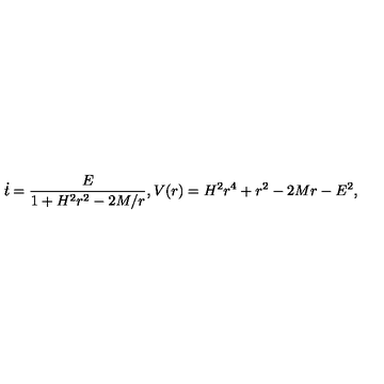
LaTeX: \dot { t } = \frac { E } { 1 + H ^ { 2 } r ^ { 2 } - 2 M / r } , V ( r ) = H ^ { 2 } r ^ { 4 } + r ^ { 2 } - 2 M r - E ^ { 2 } ,